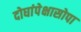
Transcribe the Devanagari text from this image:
दोघांपेक्षासोपा